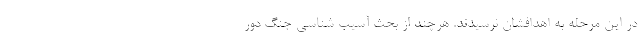
در این مرحله به اهدافشان نرسیدند. هرچند از بحث آسیب شناسی جنگ دور